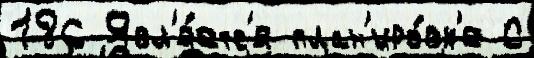
186 Явл'я́етс'я план'иро́вк'е С